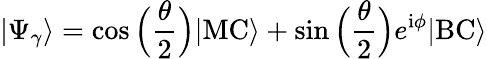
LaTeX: |\Psi_{\gamma}\rangle=\cos\Big(\frac{\theta}{2}\Big)|\mathrm{MC}\rangle+\sin\Big(\frac{\theta}{2}\Big)e^{\mathrm{i}\phi}|\mathrm{BC}\rangle